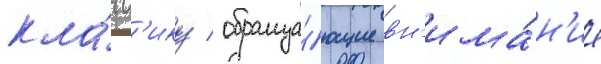
кла́сс'ику / обраща́ющие вн'има́н'ие